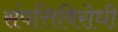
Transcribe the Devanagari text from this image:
संपत्तिविरोधी